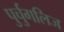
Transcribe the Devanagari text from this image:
पुर्चुगलिज